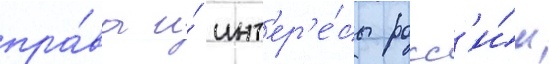
пра́ва и́ инт'ер'е́сы росс'и́и